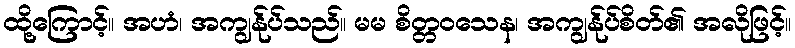
ထို့ကြောင့်။ အဟံ၊ အကျွန်ုပ်သည်။ မမ စိတ္တဝသေန၊ အကျွန်ုပ်စိတ်၏ အလိုဖြင့်။